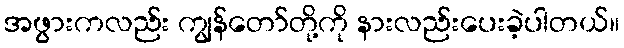
အဖွားကလည်း ကျွန်တော်တို့ကို နားလည်းပေးခဲ့ပါတယ်။